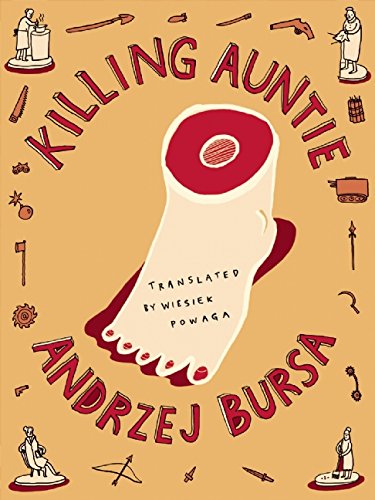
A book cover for Killing Auntie (Rebel Lit); Andrzej Bursa; Travel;